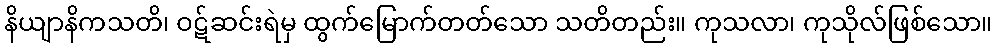
နိယျာနိကသတိ၊ ဝဋ်ဆင်းရဲမှ ထွက်မြောက်တတ်သော သတိတည်း။ ကုသလာ၊ ကုသိုလ်ဖြစ်သော။